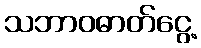
သဘာဝဓာတ်ငွေ့